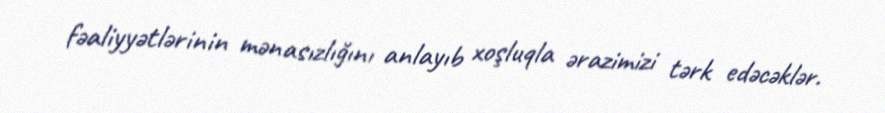
fəaliyyətlərinin mənasızlığını anlayıb xoşluqla ərazimizi tərk edəcəklər.